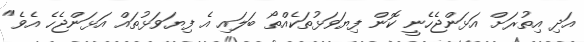
އަދި އިތުރަަށް އަޅަންޖެހެނީ ކޮން ފިޔަވަޅުތަކެއްތޯ ބަލައި އެ ފިޔަވަޅުތައް އަޅަންޖެހެ އެވެ"